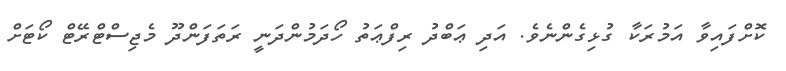
ކޮށްފައިވާ އަމުރަކާ ގުޅިގެންނެވެ. އަދި ޢަބްދު ރިފްޢަތު ހޯދަމުންދަނީ ރަތަފަންދޫ މެޖިސްޓްރޭޓް ކޯޓަށް